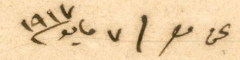
عن مصر  ٧ مايو ١٩١٧